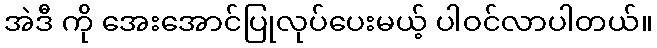
အဲဒီ ကို အေးအောင်ပြုလုပ်ပေးမယ့် ပါဝင်လာပါတယ်။